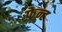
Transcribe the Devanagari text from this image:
फ़ेन्ट